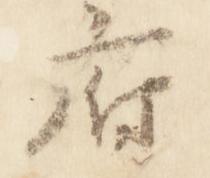
府